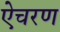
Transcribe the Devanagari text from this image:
ऐचरण